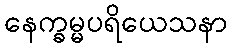
နေက္ခမ္မပရိယေသနာ